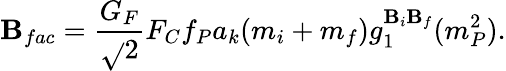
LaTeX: \mathbf{B}_{fac}={\frac{{G_{F}}}{{\sqrt{}{{2}}}}}F_{C}f_{P}a_{k}(m_{i}+m_{f})g_{1}^{\mathbf{B}_{i}\mathbf{B}_{f}}(m_{P}^{2}).